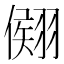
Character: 𦑤